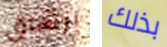
إرهاق بذلك